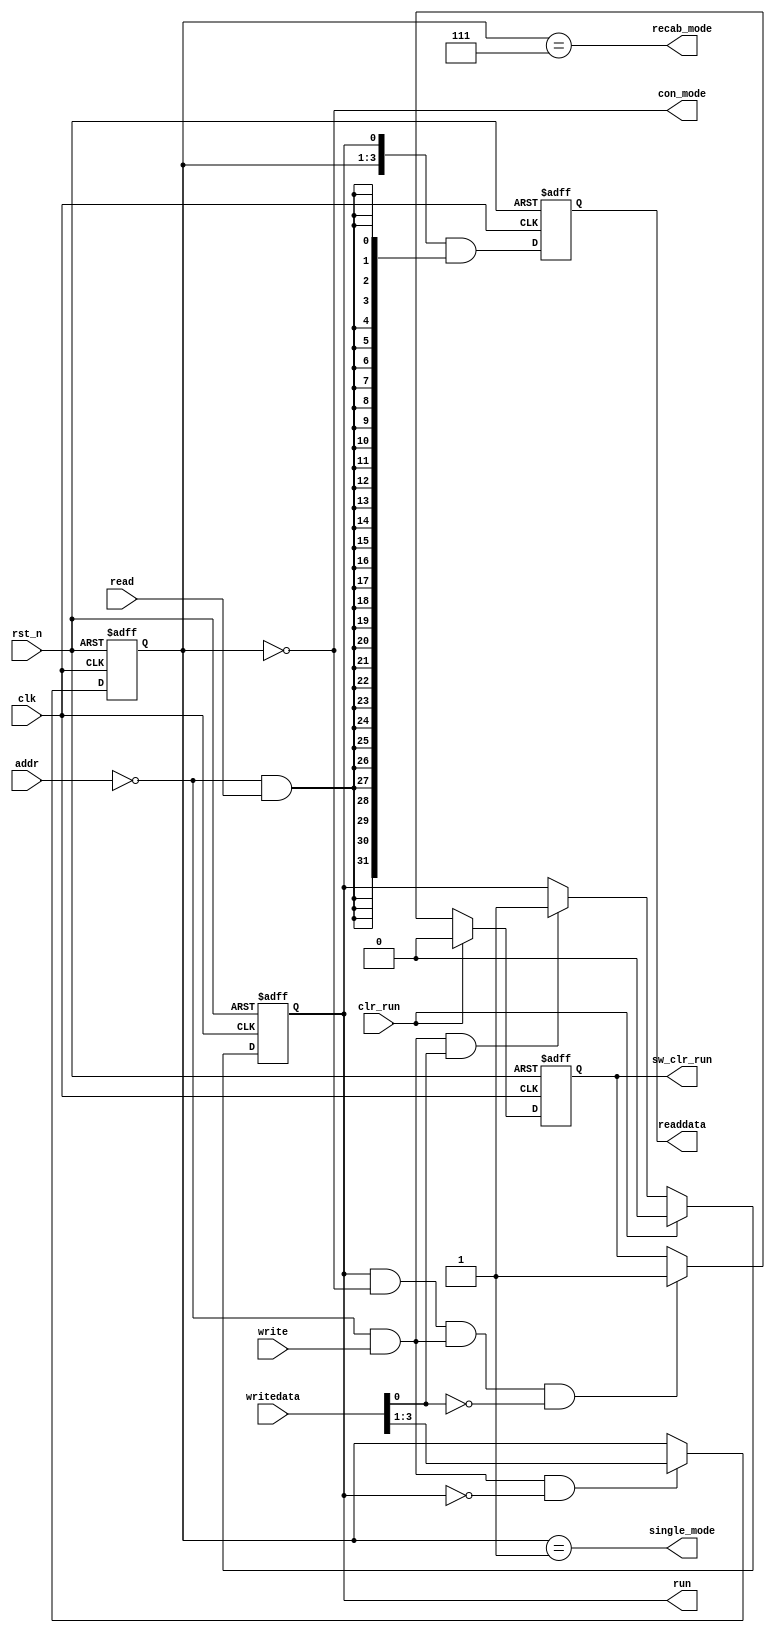
// This program was cloned from: https://github.com/drandyhaas/Haasoscope
// License: MIT License

// (C) 2001-2015 Altera Corporation. All rights reserved.
// Your use of Altera Corporation's design tools, logic functions and other 
// software and tools, and its AMPP partner logic functions, and any output 
// files any of the foregoing (including device programming or simulation 
// files), and any associated documentation or information are expressly subject 
// to the terms and conditions of the Altera Program License Subscription 
// Agreement, Altera MegaCore Function License Agreement, or other applicable 
// license agreement, including, without limitation, that your use is for the 
// sole purpose of programming logic devices manufactured by Altera and sold by 
// Altera or its authorized distributors.  Please refer to the applicable 
// agreement for further details.


module altera_modular_adc_sequencer_csr (
    input               clk,
    input               rst_n,
    input               addr,
    input               read,
    input               write,
    input [31:0]        writedata,
    input               clr_run,

    output reg [31:0]   readdata,
    output reg          run,
    output reg          sw_clr_run,
    output              con_mode,
    output              single_mode,
    output              recab_mode
);

reg [2:0]   mode;

wire        cmd_addr;
wire        cmd_wr_en;
wire        cmd_rd_en;
wire [31:0] cmd_internal;
wire [31:0] readdata_nxt;

//--------------------------------------------------------------------------------------------//
// address decode
//--------------------------------------------------------------------------------------------//
assign cmd_addr = (addr == 1'b0);



//--------------------------------------------------------------------------------------------//
// write enable
//--------------------------------------------------------------------------------------------//
assign cmd_wr_en = cmd_addr & write;



//--------------------------------------------------------------------------------------------//
// read enable
//--------------------------------------------------------------------------------------------//
assign cmd_rd_en = cmd_addr & read;



//--------------------------------------------------------------------------------------------//
// mode register bits
//--------------------------------------------------------------------------------------------//
always @(posedge clk or negedge rst_n) begin
    if (!rst_n)
        mode <= 3'h0;
    else if (cmd_wr_en & ~run)
        mode <= writedata[3:1];
end


//--------------------------------------------------------------------------------------------//
// run register bit
//--------------------------------------------------------------------------------------------//
always @(posedge clk or negedge rst_n) begin
    if (!rst_n)
        run <= 1'b0;
    else if (clr_run)
        run <= 1'b0;
    else if (cmd_wr_en & writedata[0])
        run <= 1'b1;
end



//--------------------------------------------------------------------------------------------//
// Logic to detect SW perform a clear on the run bit
//--------------------------------------------------------------------------------------------//
always @(posedge clk or negedge rst_n) begin
    if (!rst_n)
        sw_clr_run <= 1'b0;
    else if (clr_run)
        sw_clr_run <= 1'b0;
    else if (run & con_mode & cmd_wr_en & ~writedata[0])
        sw_clr_run <= 1'b1;
end



//--------------------------------------------------------------------------------------------//
// Avalon read data path
//--------------------------------------------------------------------------------------------//
assign cmd_internal = {28'h0, mode, run};
assign readdata_nxt = cmd_internal & {32{cmd_rd_en}};

always @(posedge clk or negedge rst_n) begin
    if (!rst_n)
        readdata <= 32'h0;
    else
        readdata <= readdata_nxt;
end



//--------------------------------------------------------------------------------------------//
// Mode decoding
//--------------------------------------------------------------------------------------------//
assign con_mode     = (mode == 3'b000);
assign single_mode  = (mode == 3'b001);
assign recab_mode   = (mode == 3'b111);



endmodule